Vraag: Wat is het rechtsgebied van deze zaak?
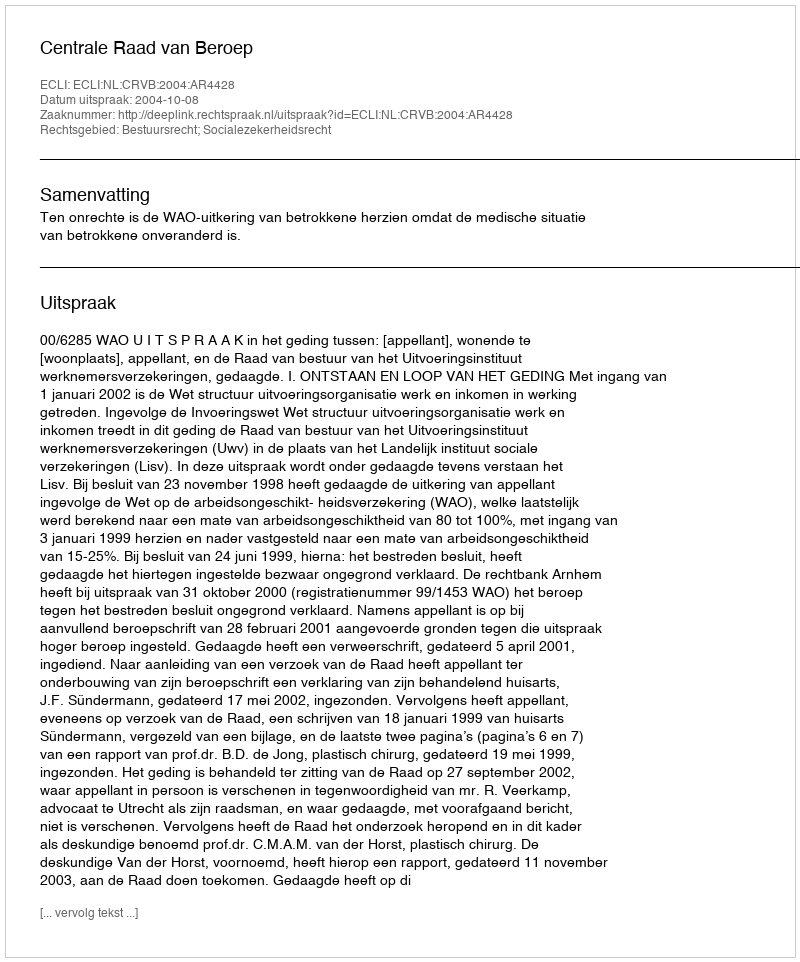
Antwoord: Bestuursrecht; Socialezekerheidsrecht